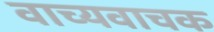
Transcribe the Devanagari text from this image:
वाच्यवाचक